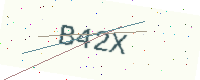
Text: B42X